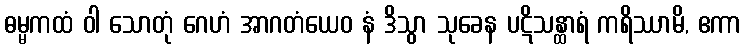
ဓမ္မကထံ ဝါ သောတုံ ဂေဟံ အာဂတံယေဝ နံ ဒိသွာ သုခေန ပဋိသန္ထာရံ ကရိဿာမိ, ဧကာ